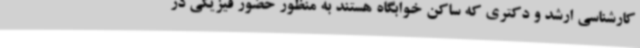
کارشناسی ارشد و دکتری که ساکن خوابگاه هستند به منظور حضور فیزیکی در